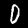
Label: 0